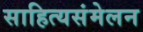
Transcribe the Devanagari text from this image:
साहित्यसंमेलन